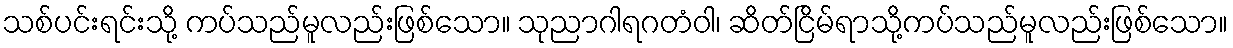
သစ်ပင်းရင်းသို့ ကပ်သည်မူလည်းဖြစ်သော။ သုညာဂါရဂတံဝါ၊ ဆိတ်ငြိမ်ရာသို့ကပ်သည်မူလည်းဖြစ်သော။